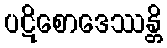
ပဋိစောဒေဿန္တိ